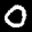
Label: 0